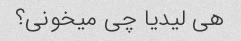
هی لیدیا چی میخونی؟